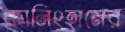
কানিংহামের